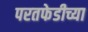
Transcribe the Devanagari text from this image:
परतफेडीच्या